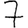
Digit: 7